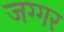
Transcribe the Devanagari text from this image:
जग्गर